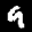
Label: 9